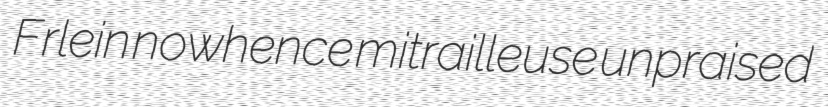
Frlein nowhence mitrailleuse unpraised